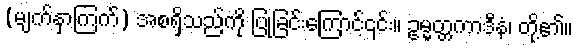
(မျက်နှာကြက်) အစရှိသည်ကို ပြုခြင်းကြောင့်၎င်း။ ဥမ္မတ္တကာဒီနံ၊ တို့၏။